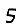
Digit: 5